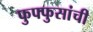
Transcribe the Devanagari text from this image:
फुफ्फुसांची